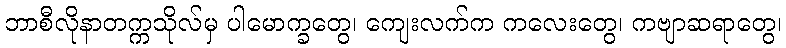
ဘာစီလိုနာတက္ကသိုလ်မှ ပါမောက္ခတွေ၊ ကျေးလက်က ကလေးတွေ၊ ကဗျာဆရာတွေ၊